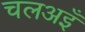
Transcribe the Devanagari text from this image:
चलअइँ